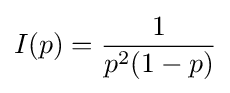
I(p)={\frac {1}{p^{2}(1-p)}}